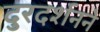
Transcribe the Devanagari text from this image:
दुरदर्शनने